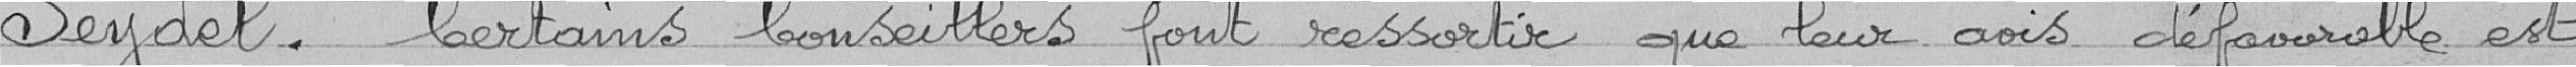
Seydel. Certains conseillers font ressortir que leur avis défavorable est